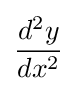
{\frac {d^{2}y}{dx^{2}}}